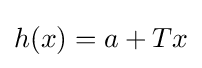
h(x)=a+Tx